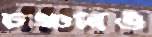
চঞ্চলও